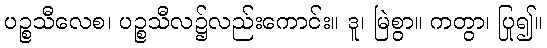
ပဉ္စသီလေစ၊ ပဉ္စသီလ၌လည်းကောင်း။ ဒူ၊ မြဲစွာ။ ကတွာ၊ ပြု၍။